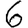
Digit: 6